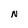
Character: N